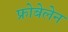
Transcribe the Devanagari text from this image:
फ्रोबेलेन